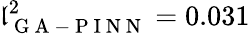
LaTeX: \mathfrak{l}_{\mathrm{{~G~A~-~P~I~N~N~}}}^{2}=0.031